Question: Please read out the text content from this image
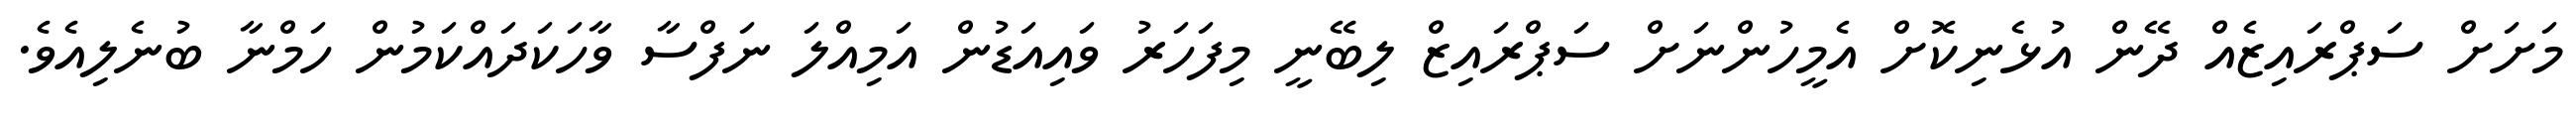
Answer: މަށަށް ސަޕްރައިޒެއް ދޭން އުޅެނިކޮށް އެމީހުންނަށް ސަޕްރައިޒް ލިބޭނީ މިފަހަރު ވައިއަޑުން އަމިއްލަ ނަފްސާ ވާހަކަދައްކަމުން ހަމްނާ ބުނެލިއެވެ.